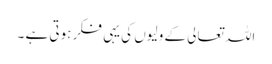
اللہ تعالی کے ولیوں کی یہی فکر ہوتی ہے ۔